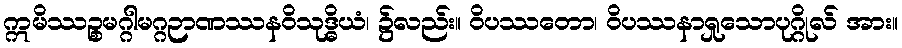
ဣမိဿဉ္စမဂ္ဂါမဂ္ဂဉာဏဿနဝိသုဒ္ဓိယံ၊ ၌လည်း။ ဝိပဿတော၊ ဝိပဿနာရှုသောပုဂ္ဂိုလ် အား။